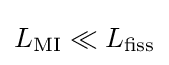
L_{\mathrm {MI} }\ll L_{\mathrm {fiss} }